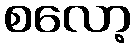
စလော့